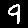
Digit: 9